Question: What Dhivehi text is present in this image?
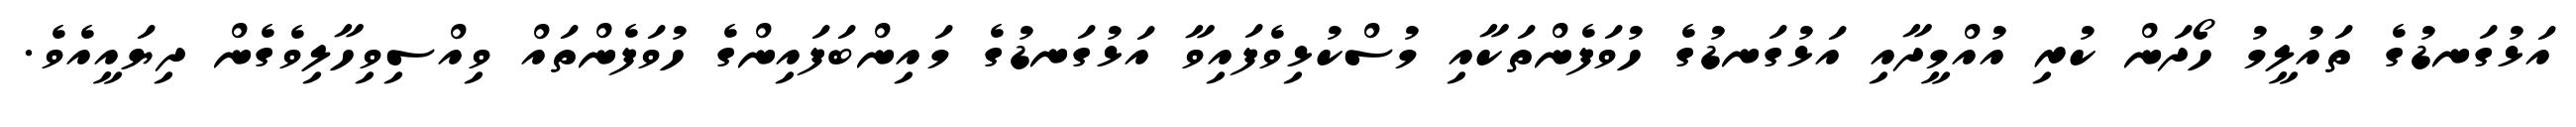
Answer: އަޅުގަނޑުގެ ތައުލީމު ހޯދަން ކުރި އުއްމީދާއި އަޅުގަނޑުގެ ހުވަފެންތަކާއި މުސްކުޅިވެފައިވާ އަޅުގަނޑުގެ މައިންބަފައިންގެ ހުވަފެންތައް ވިއްސިވިހާލިވެގެން ދިޔައީއެވެ.